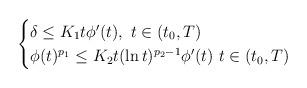
LaTeX: \begin{align*}\begin{cases}\delta\leq K_{1}t\phi'(t),\ t\in(t_{0},T)\\\phi(t)^{p_{1}}\leq K_{2}t(\ln t)^{p_{2}-1}\phi'(t) \ t\in(t_{0},T)\end{cases}\end{align*}